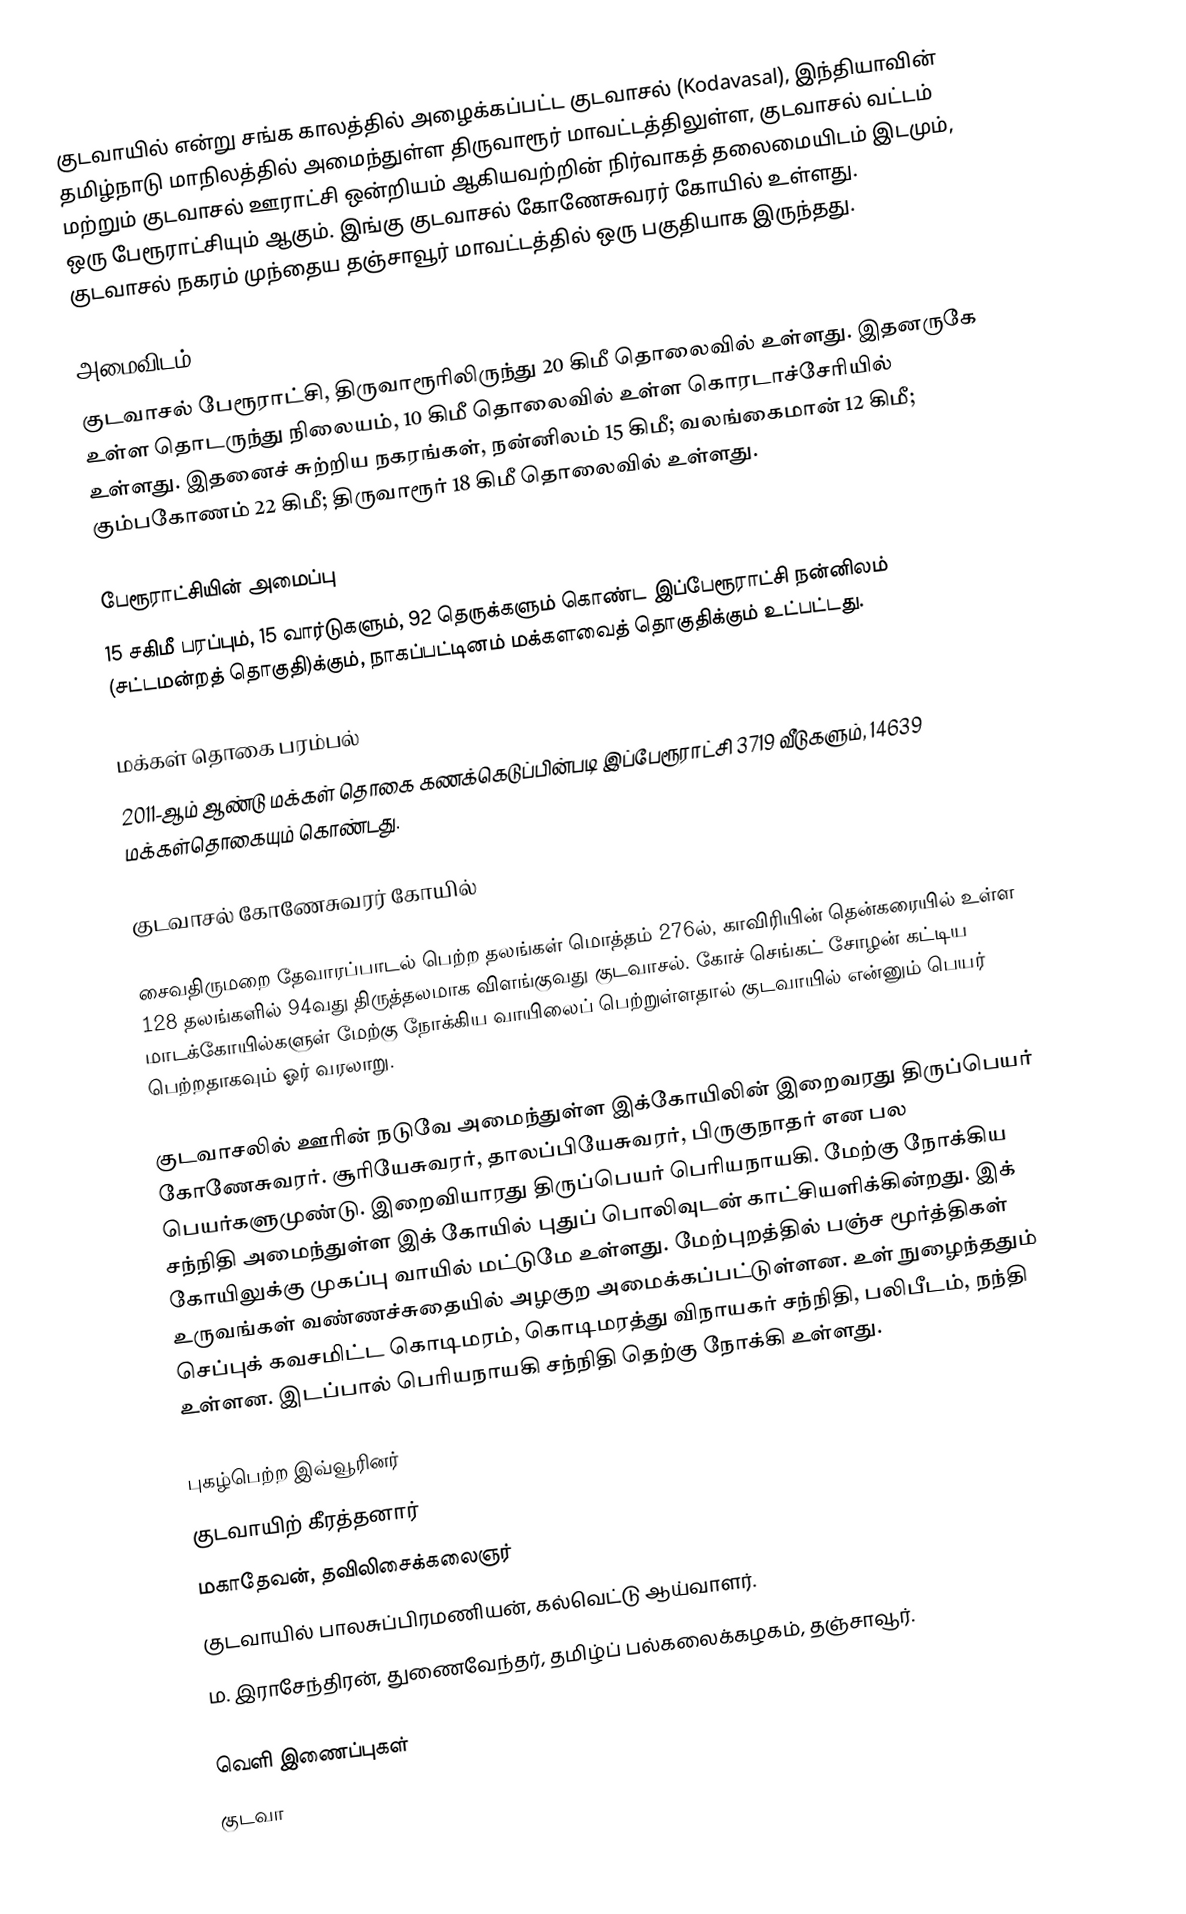
குடவாயில் என்று சங்க காலத்தில் அழைக்கப்பட்ட குடவாசல் (Kodavasal), இந்தியாவின் தமிழ்நாடு மாநிலத்தில் அமைந்துள்ள திருவாரூர் மாவட்டத்திலுள்ள, குடவாசல் வட்டம் மற்றும் குடவாசல் ஊராட்சி ஒன்றியம் ஆகியவற்றின் நிர்வாகத் தலைமையிடம் இடமும், ஒரு பேரூராட்சியும் ஆகும். இங்கு குடவாசல் கோணேசுவரர் கோயில் உள்ளது. குடவாசல் நகரம் முந்தைய  தஞ்சாவூர் மாவட்டத்தில் ஒரு பகுதியாக இருந்தது.

அமைவிடம்
குடவாசல் பேரூராட்சி, திருவாரூரிலிருந்து 20 கிமீ தொலைவில் உள்ளது. இதனருகே உள்ள தொடருந்து நிலையம், 10 கிமீ தொலைவில் உள்ள கொரடாச்சேரியில் உள்ளது.  இதனைச் சுற்றிய நகரங்கள், நன்னிலம் 15 கிமீ; வலங்கைமான் 12 கிமீ; கும்பகோணம் 22 கிமீ; திருவாரூர் 18 கிமீ தொலைவில் உள்ளது.

பேரூராட்சியின் அமைப்பு
15   சகிமீ பரப்பும், 15 வார்டுகளும், 92 தெருக்களும்  கொண்ட இப்பேரூராட்சி  நன்னிலம் (சட்டமன்றத் தொகுதி)க்கும், நாகப்பட்டினம் மக்களவைத் தொகுதிக்கும் உட்பட்டது.

மக்கள் தொகை பரம்பல்
2011-ஆம் ஆண்டு மக்கள் தொகை கணக்கெடுப்பின்படி  இப்பேரூராட்சி  3719 வீடுகளும், 14639 மக்கள்தொகையும் கொண்டது.

குடவாசல் கோணேசுவரர் கோயில்

சைவதிருமறை தேவாரப்பாடல் பெற்ற தலங்கள் மொத்தம் 276ல், காவிரியின் தென்கரையில் உள்ள 128 தலங்களில் 94வது திருத்தலமாக விளங்குவது குடவாசல். கோச் செங்கட் சோழன் கட்டிய மாடக்கோயில்களுள் மேற்கு நோக்கிய வாயிலைப் பெற்றுள்ளதால் குடவாயில் என்னும் பெயர் பெற்றதாகவும் ஓர் வரலாறு.

குடவாசலில் ஊரின் நடுவே அமைந்துள்ள இக்கோயிலின் இறைவரது திருப்பெயர் கோணேசுவரர். சூரியேசுவரர், தாலப்பியேசுவரர், பிருகுநாதர் என பல பெயர்களுமுண்டு. இறைவியாரது திருப்பெயர் பெரியநாயகி. மேற்கு நோக்கிய சந்நிதி அமைந்துள்ள இக் கோயில் புதுப் பொலிவுடன் காட்சியளிக்கின்றது. இக் கோயிலுக்கு முகப்பு வாயில் மட்டுமே உள்ளது. மேற்புறத்தில் பஞ்ச மூர்த்திகள் உருவங்கள் வண்ணச்சுதையில் அழகுற அமைக்கப்பட்டுள்ளன. உள் நுழைந்ததும் செப்புக் கவசமிட்ட கொடிமரம், கொடிமரத்து விநாயகர் சந்நிதி, பலிபீடம், நந்தி உள்ளன. இடப்பால் பெரியநாயகி சந்நிதி தெற்கு நோக்கி உள்ளது.

புகழ்பெற்ற இவ்வூரினர்
 குடவாயிற் கீரத்தனார்
 மகாதேவன், தவிலிசைக்கலைஞர்
 குடவாயில் பாலசுப்பிரமணியன், கல்வெட்டு ஆய்வாளர்.
 ம. இராசேந்திரன், துணைவேந்தர், தமிழ்ப் பல்கலைக்கழகம், தஞ்சாவூர்.

வெளி இணைப்புகள்
 குடவா